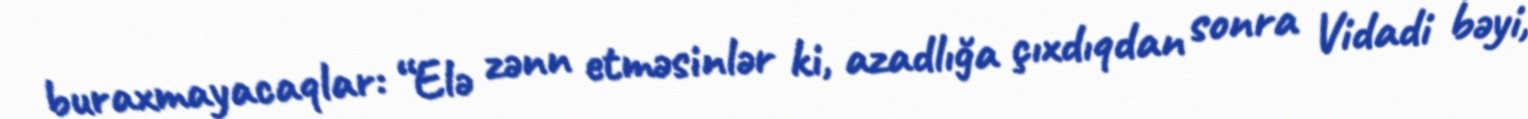
buraxmayacaqlar: “Elə zənn etməsinlər ki, azadlığa çıxdıqdan sonra Vidadi bəyi,